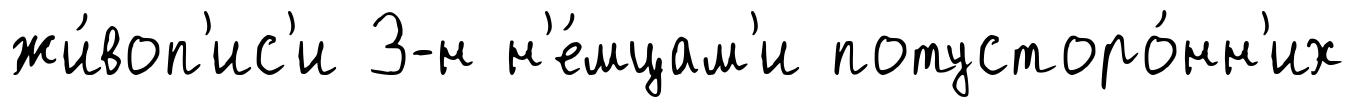
жи́воп'ис'и З-н н'е́мцам'и потусторо́нн'их